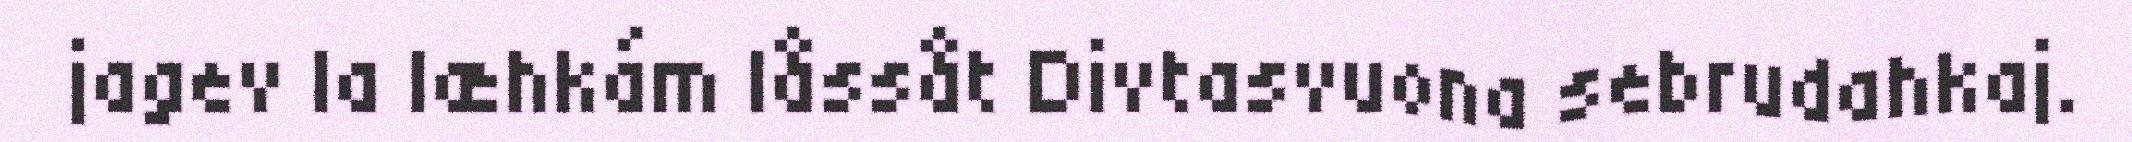
jagev la læhkám låssåt Divtasvuona sebrudahkaj.